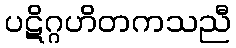
ပဋိဂ္ဂဟိတကသညီ